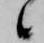
候